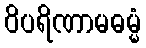
ဝိပရိဏာမဓမ္မံ